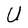
Character: U